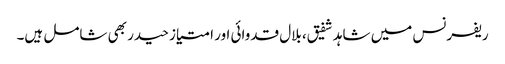
ریفرنس میں شاہد شفیق، بلال قدوائی اور امتیاز حیدر بھی شامل ہیں۔